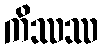
ကိဿဿ